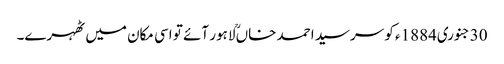
30جنوری1884ء کو سرسید احمد خاںؒ لاہور آئے تو اسی مکان میں ٹھہرے۔